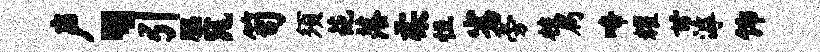
声、引腮窕笥须葩落柔恒劣旁枝扃啼耀甘滹饰